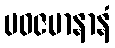
ပဝဇမာနာနံ